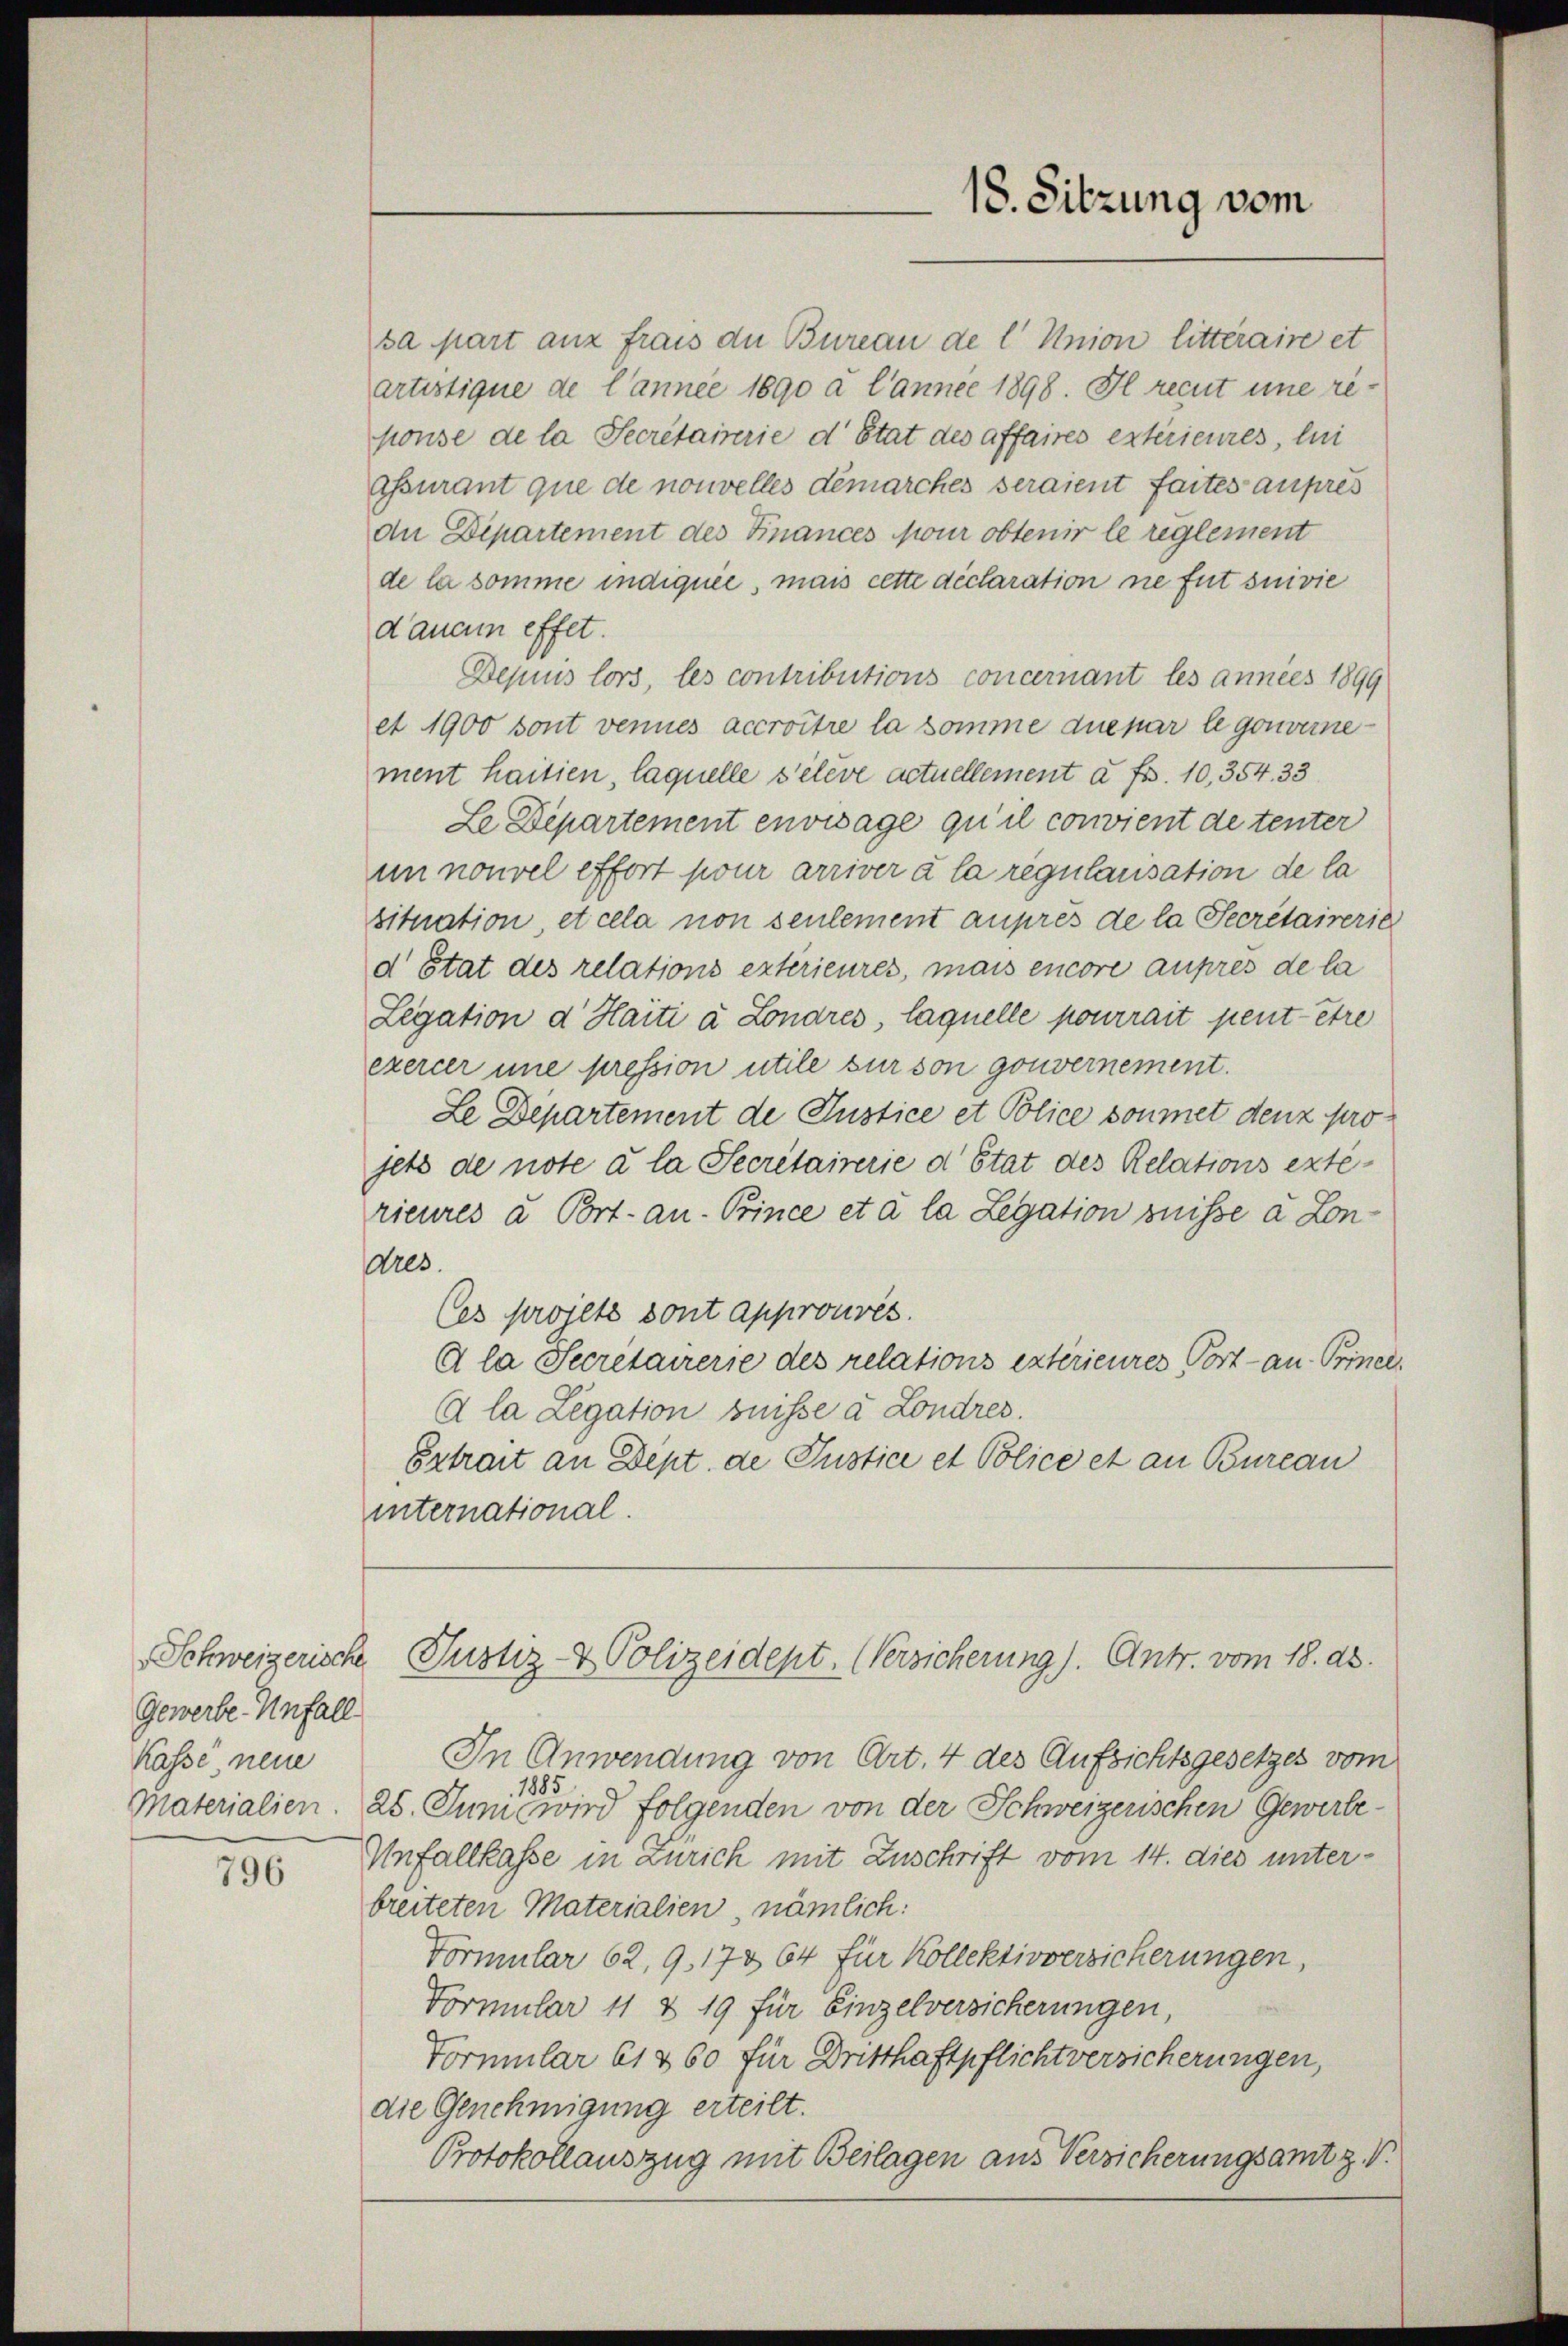
Gewerbe Unfall
Kasse neue

796

sa part aux frais der Bureau de l' Union litteraire et
artistique de l’année 1890 a l’année 1898. Il recut une reponse de la Secretairie d’Etat des affaires extérieures, lei
assurant que de nouvelles démarches seraient faites aupres
de Departement des Finances pour obtenir le reglement
de la somme indiquée, mais cette déclaration nie fut suivie
d’aucun effet.
Depuis lors, les contributions concernant les années 1899
et 1900 sont vennes accroître la somme due par le gouvernement haitien, laquelle s’élève actuellement à Fr. 10,354. 33
Le Departement envisage qu’il convient de tenter
un nouvel effort pour arriver à la regularisation de la
situation, et cela non seulement auprès de la Secretairerie
d Stat des relations extérieures, mais encore auprès de la
Legation d' Haiti à Lonares, laquelle pourrait peut être
exercer une pression utile sur son gouvernement.
Le Departement de Justice et Police soumet denz pro
jetz de note à la Secretairerie d Etat des Relations exté-
rieures u. Port. an. Prince et à la Legation suisse à Londres
Ces projet dont approuvés.
A la Secretairerie des relations extérieures Port- an Priner
A la Legation bnisse a Londres.
Extrait an Dept. de Justice et Police et an Bureau
international.

In Anwendung von Art. 4 des Aufsichtsgesetzes vom
1885
Materialien. 25. Juni wird folgenden von der Schweizerischen Gewerbe¬
Unfallkasse in Zürich mit Zuschrift vom 14. dies unterbreiteten Materialien, nämlich:
Vormular 62, 9, 173 64 für Kollektivversicherungen,
Formular 11 & 19 für Einzelversicherungen,
Vormular 61 & 60 für Dritthaftpflichtversicherungen,
die Genehmigung erteilt.
Protokollauszug mit Beilagen aus Versicherungsamt z. V.

18. Sitzung vom

Schweizerische Justiz- & Polizeidept. (ersicherung). Antr. vom 18. ds.